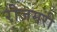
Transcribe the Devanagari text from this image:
रोजमरी